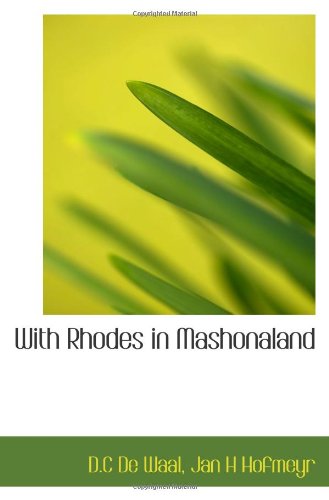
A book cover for With Rhodes in Mashonaland; D.C De Waal; Travel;